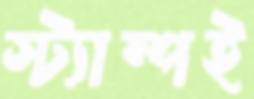
স্ট্যাম্পই